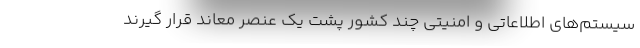
سیستم‌های اطلاعاتی و امنیتی چند کشور پشت یک عنصر معاند قرار گیرند